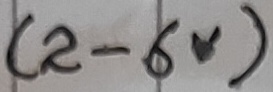
Text: (2-6V)